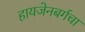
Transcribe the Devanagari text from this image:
हायजेनबर्गचा